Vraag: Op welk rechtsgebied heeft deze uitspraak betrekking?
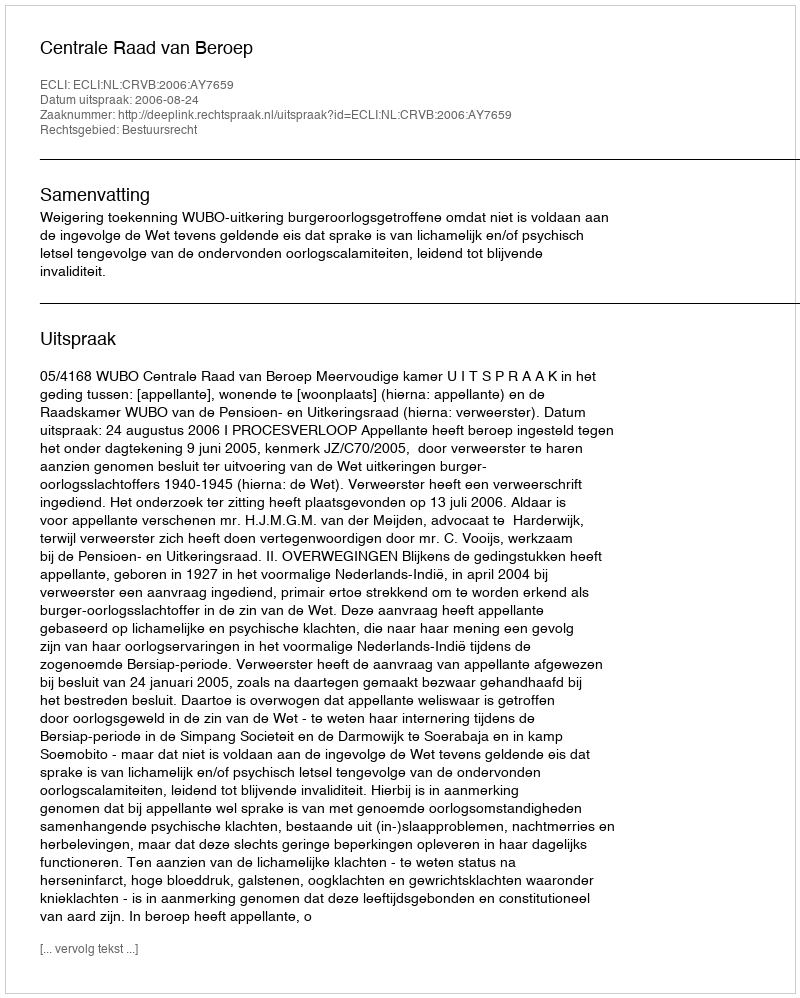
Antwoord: Bestuursrecht